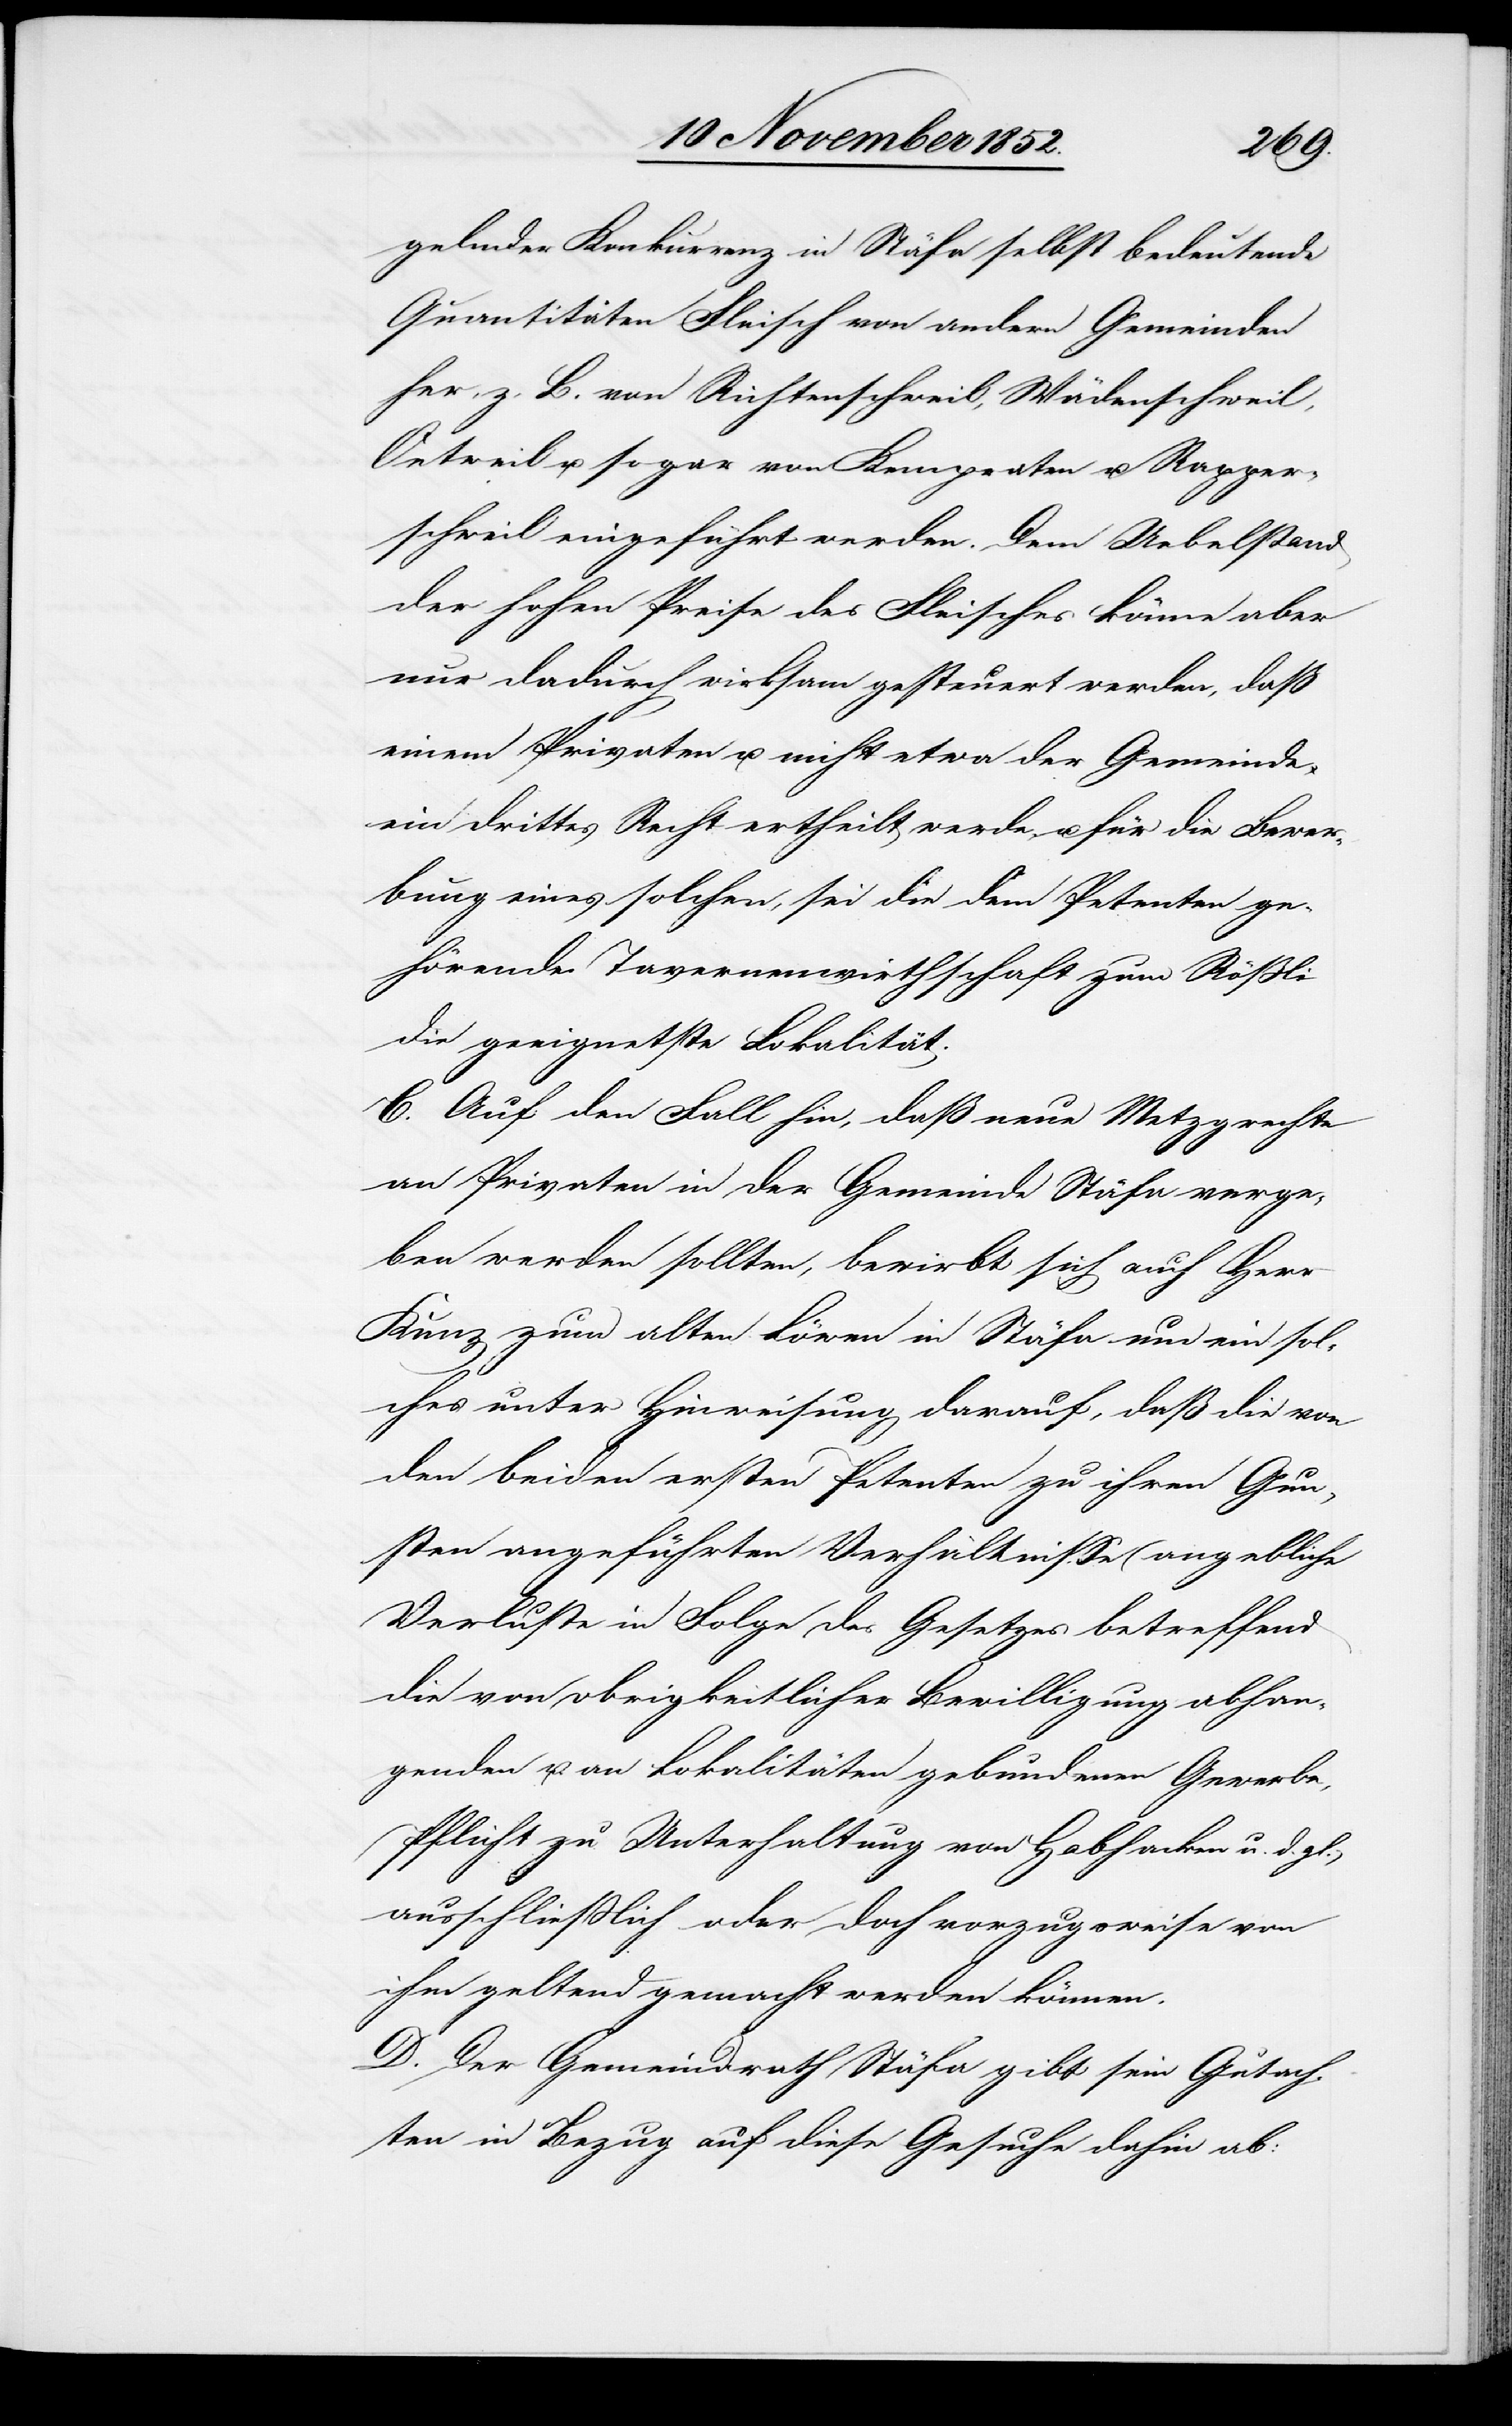
gelnder Konkurrenz in Stäfa selbst bedeutende
Quantitäten Fleisch von andern Gemeinden
her, z. B. von Richtenschweil, Wädenschweil,
Oetweil u. sogar von Kempraten u. Rapper¬
schweil eingeführt werden. Dem Uebelstand
der hohen Preise des Fleisches könne aber
nur dadurch wirksam gesteuert werden, daß
einem Privaten u. nicht etwa der Gemeinde
ein drittes Recht ertheilt werde, u. für die Bewer¬
bung eines solchen, sei die dem Petenten ge¬
hörende Tavernenwirthschaft zum Rößli
die geeignetste Lokalität.
C. Auf den Fall hin, daß neue Metzgrechte
an Privaten in der Gemeinde Stäfa verge¬
ben werden sollten, bewirbt sich auch Herr
Kunz zum alten Löwen in Stäfa um ein sol¬
ches unter Hinweisung darauf, daß die von
den beiden ersten Petenten zu ihren Gun¬
sten angeführten Verhältnisse (angebliche
Verluste in Folge des Gesetzes betreffend
die von obrigkeitlicher Bewilligung abhan¬
genden u. an Lokalitäten gebundenen Gewerbe,
Pflicht zu Unterhaltung von Habhacken u. d. gl.)
ausschließlich oder doch vorzugsweise von
ihm geltend gemacht werden können.
D. Der Gemeindrath Stäfa gibt sein Gutach¬
ten in Bezug auf diese Gesuche dahin ab: